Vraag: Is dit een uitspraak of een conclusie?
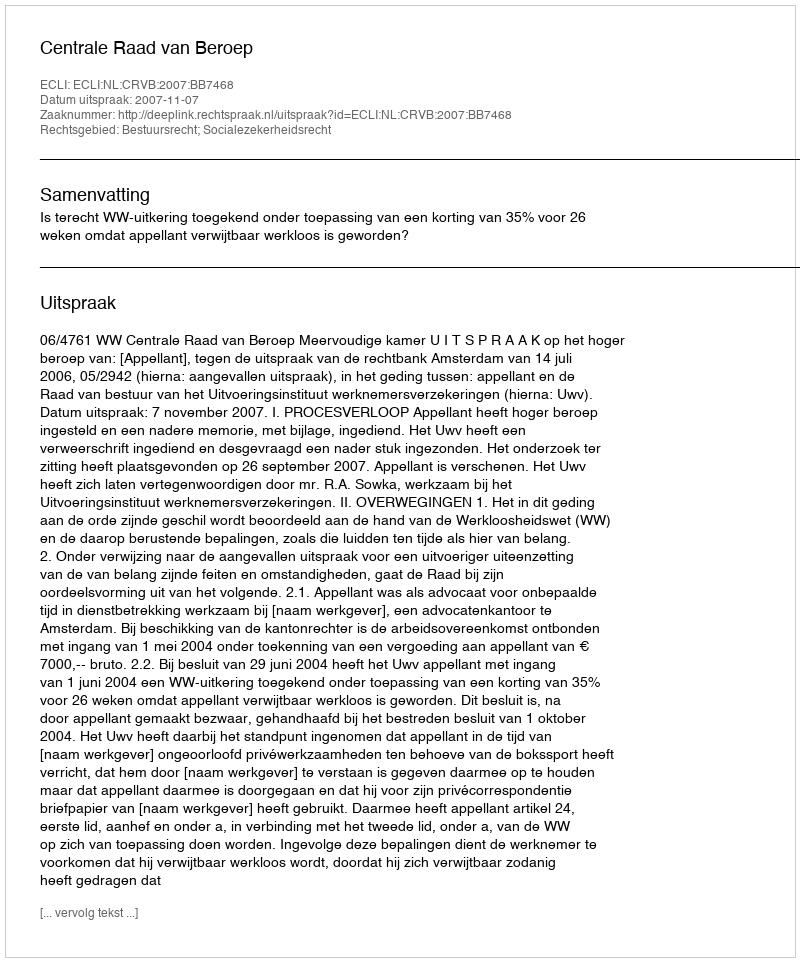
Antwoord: Uitspraak